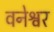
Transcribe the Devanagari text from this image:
वनेश्वर